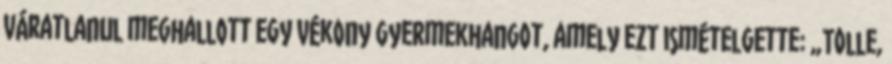
váratlanul meghallott egy vékony gyermekhangot, amely ezt ismételgette: „Tolle,